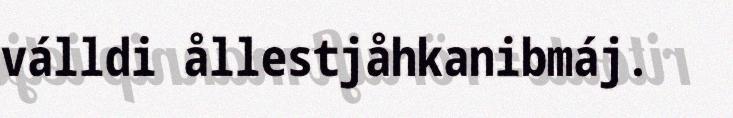
válldi ållestjåhkanibmáj.